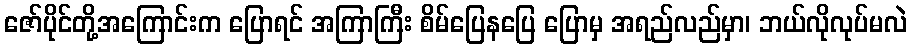
ဇော်ပိုင်တို့အကြောင်းက ပြောရင် အကြာကြီး စိမ်ပြေနပြေ ပြောမှ အရည်လည်မှာ၊ ဘယ်လိုလုပ်မလဲ